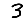
Digit: 3